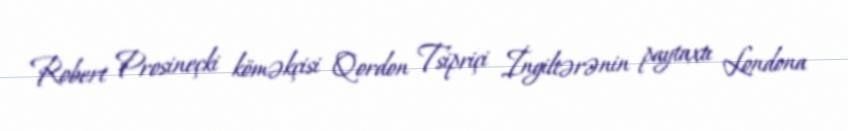
Robert Prosineçki köməkçisi Qordon Tsipriçi İngiltərənin paytaxtı Londona